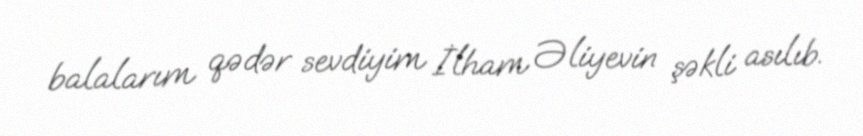
balalarım qədər sevdiyim İlham Əliyevin şəkli asılıb.